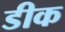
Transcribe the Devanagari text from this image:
डीक